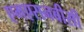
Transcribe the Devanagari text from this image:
एमएसनबीसी